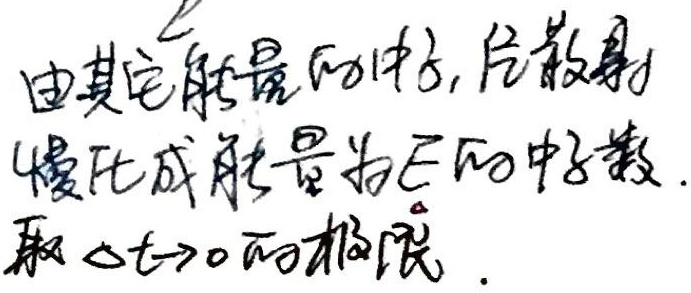
由其它能量的中子，会散射慢化成能量为\(E\)的中子数。取 \(t \to 0\) 的极限。